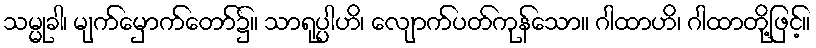
သမ္မုခါ၊ မျက်မှောက်တော်၌။ သာရုပ္ပါဟိ၊ လျောက်ပတ်ကုန်သော။ ဂါထာဟိ၊ ဂါထာတို့ဖြင့်။